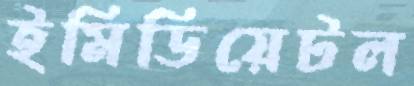
ইমিডিয়েটল